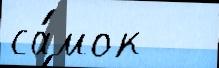
са́мок